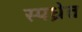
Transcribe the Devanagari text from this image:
स्पध्रेत